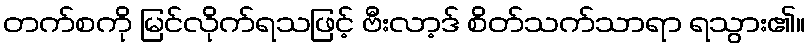
တက်စကို မြင်လိုက်ရသဖြင့် ဗီးလာ့ဒ် စိတ်သက်သာရာ ရသွား၏။